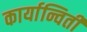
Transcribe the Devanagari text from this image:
कार्यान्विती